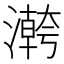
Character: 𱩡